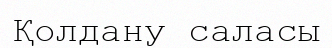
Қолдану саласы